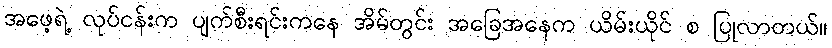
အဖေ့ရဲ့ လုပ်ငန်းက ပျက်စီးရင်းကနေ အိမ်တွင်း အခြေအနေက ယိမ်းယိုင် စ ပြုလာတယ်။